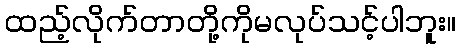
ထည့်လိုက်တာတို့ကိုမလုပ်သင့်ပါဘူး။